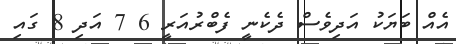
އެއް ބަޔަކު އަދިވެސް ދެކެނީ ފެބްރުއަރީ 6 7 އަދި 8 ގައި